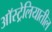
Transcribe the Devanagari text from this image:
अाॅस्ट्रेलियातील